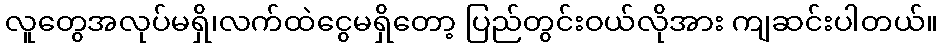
လူတွေအလုပ်မရှိ၊လက်ထဲငွေမရှိတော့ ပြည်တွင်းဝယ်လိုအား ကျဆင်းပါတယ်။